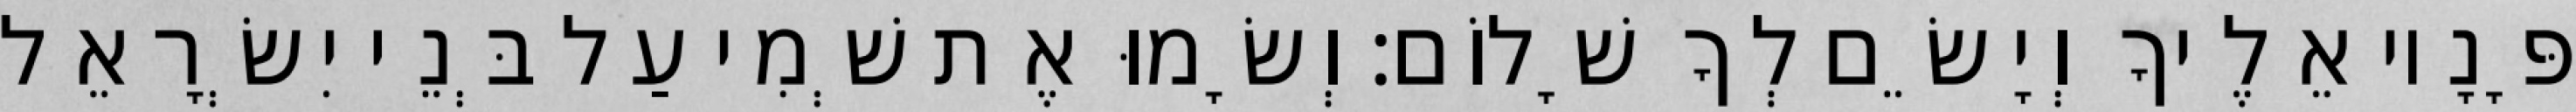
פָּנָיו אֵלֶיךָ וְיָשֵׂם לְךָ שָׁלוֹם׃ וְשָׂמוּ אֶת שְׁמִי עַל בְּנֵי יִשְׂרָאֵל